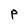
Character: P